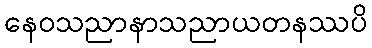
နေဝသညာနာသညာယတနဿပိ